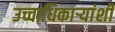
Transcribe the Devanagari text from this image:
उच्चाधिकाऱ्यांशी